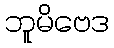
ဘူမိဗေဒ